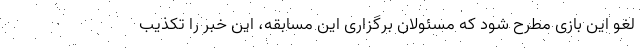
لغو این بازی مطرح شود که مسئولان برگزاری این مسابقه، این خبر را تکذیب